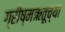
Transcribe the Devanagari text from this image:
ग्रीष्मऋतूच्या